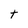
Character: t